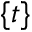
{ \{ t \} }